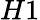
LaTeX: H1